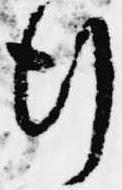
行